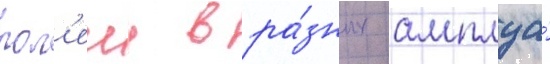
рол'еи в ра́зных амплуа́